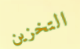
التخزين